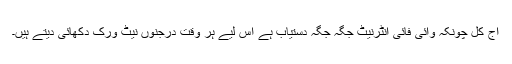
آج کل چونکہ وائی فائی انٹرنیٹ جگہ جگہ دستیاب ہے اس لیے ہر وقت درجنوں نیٹ ورک دِکھائی دیتے ہیں۔